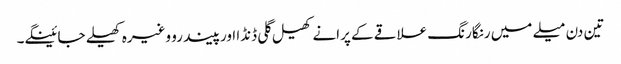
تین دن میلے میں رنگارنگ علاقے کے پرانے کھیل گلی ڈنڈا اورپیندرو وغیرہ کھیلے جائینگے۔